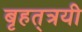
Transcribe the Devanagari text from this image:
बृहत्‌त्रयी